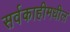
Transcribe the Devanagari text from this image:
सर्वकाहीमधील